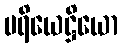
ပရိယေဋ္ဌိယော